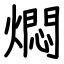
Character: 燜